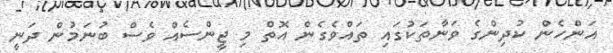
އަންހެން ކުދިންގެ ވަނާތަކުގައި ތައްވެގެން އޮތް މި ޖީންސެއް ވެސް ބުނަމުން ދަނީ